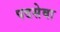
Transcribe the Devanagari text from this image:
पदसेवा